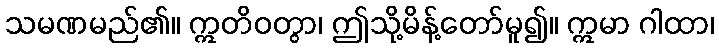
သမဏမည်၏။ ဣတိဝတွာ၊ ဤသို့မိန့်တော်မူ၍။ ဣမာ ဂါထာ၊